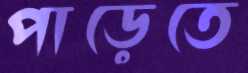
পাড়েতে